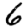
Digit: 6